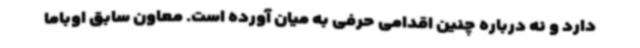
دارد و نه درباره چنین اقدامی حرفی به میان آورده است. معاون سابق اوباما